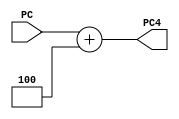
module ADD4(PC,PC4);
//interface
    input [31:0] PC;

    output [31:0] PC4;

//combinational logic
    assign PC4=PC+4;

endmodule